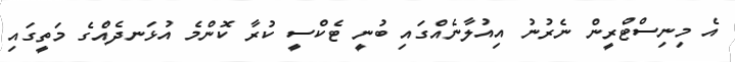
އެ މިނިސްޓްރީން ނެރުނު އިއުލާނެއްގައި ބުނީ ޓެކްސީ ކުރާ ކޮންމެ އުޅަނދެއްގެ މަތީގައި